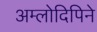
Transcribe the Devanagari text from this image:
अम्लोदिपिने